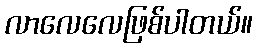
လာလေလေဖြစ်ပါတယ်။